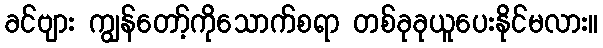
ခင်ဗျား ကျွန်တော့်ကိုသောက်စရာ တစ်ခုခုယူပေးနိုင်မလား။